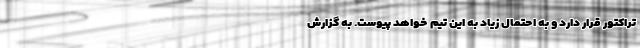
تراکتور قرار دارد و به احتمال زیاد به این تیم خواهد پیوست. به گزارش